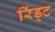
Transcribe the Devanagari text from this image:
रिंड्ट